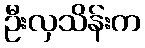
ဦးလှသိန်းက